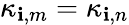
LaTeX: \kappa_{\mathbf{i},m}=\kappa_{\mathbf{i},n}